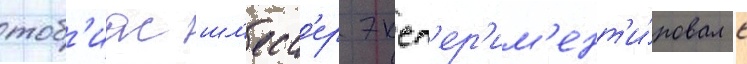
тоб'иас шл'есс'ер эксп'ер'им'ент'и́ровал с